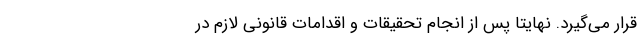
قرار می‌گیرد. نهایتا پس از انجام تحقیقات و اقدامات قانونی لازم در